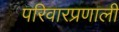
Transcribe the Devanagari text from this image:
परिवारप्रणाली